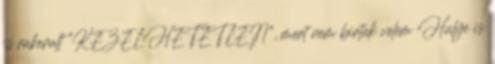
is rakerult “KEZELHETETLEN”, mert nem birtak velem Hulye is